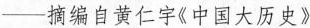
——摘编自黄仁宇《中国大历史》